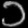
Digit: ၁